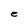
Character: e